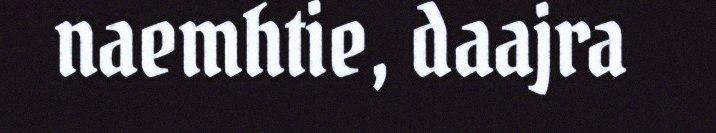
naemhtie, daajra